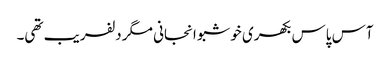
آس پاس بکھری خوشبو انجانی مگر دلفریب تھی۔